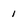
Character: 1